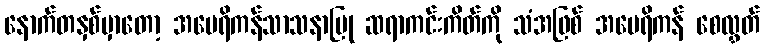
နောက်တနှစ်မှာတော့ အမေရိကန်သာသနာပြု ဆရာကင်းကိတ်ကို သံအဖြစ် အမေရိကန် စေလွှတ်